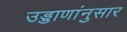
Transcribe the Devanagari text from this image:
उड्डाणांनुसार